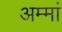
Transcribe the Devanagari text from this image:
अम्मां